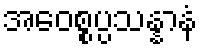
အဝေစ္စပ္ပသန္နာနံ